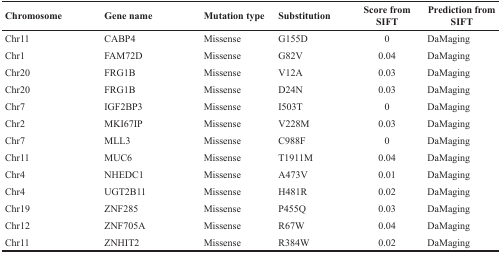
| Chromosome | Gene name | Mutation type | Substitution | Score from SIFT | Prediction from SIFT |
 | --- | --- | --- | --- | --- | --- |
 | Chr11 | CABP4 | Missense | G155D | 0 | DaMaging |
 | Chr1 | FAM72D | Missense | G82V | 0.04 | DaMaging |
 | Chr20 | FRG1B | Missense | V12A | 0.03 | DaMaging |
 | Chr20 | FRG1B | Missense | D24N | 0.03 | DaMaging |
 | Chr7 | IGF2BP3 | Missense | I503T | 0 | DaMaging |
 | Chr2 | MKI67IP | Missense | V228M | 0.03 | DaMaging |
 | Chr7 | MLL3 | Missense | C988F | 0 | DaMaging |
 | Chr11 | MUC6 | Missense | T1911M | 0.04 | DaMaging |
 | Chr4 | NHEDC1 | Missense | A473V | 0.01 | DaMaging |
 | Chr4 | UGT2B11 | Missense | H481R | 0.02 | DaMaging |
 | Chr19 | ZNF285 | Missense | P455Q | 0.03 | DaMaging |
 | Chr12 | ZNF705A | Missense | R67W | 0.04 | DaMaging |
 | Chr11 | ZNHIT2 | Missense | R384W | 0.02 | DaMaging |